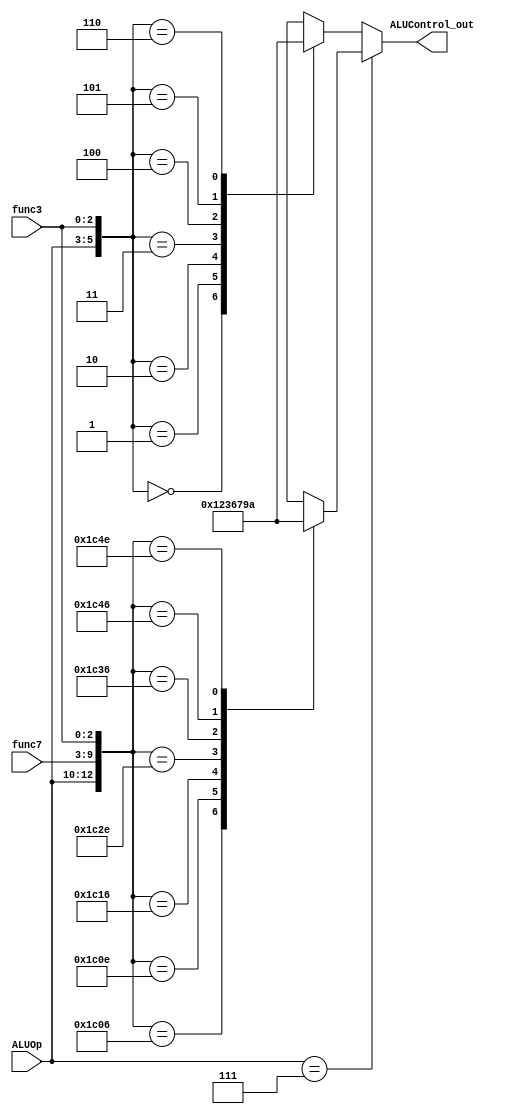
// ALU control

module ALU_Control (
 input [2:0] ALUOp,
 input [6:0] func7,
 input [2:0] func3,
 output reg [3:0] ALUControl_out
);

always @(*) begin

 if(ALUOp == 3'b111) begin
  case ({ALUOp, func7, func3})
   13'b111_0000000_110: ALUControl_out = 4'b0001; // SLL (Shift Left Logical) 1
   13'b111_0000001_110: ALUControl_out = 4'b0010; // SUB (Subtraction) 2 
   13'b111_0000010_110: ALUControl_out = 4'b0011; // ADD (Addition) 3 
   13'b111_0000101_110: ALUControl_out = 4'b0110; // XOR (Bitwise XOR) 6
   13'b111_0000110_110: ALUControl_out = 4'b0111; // SRL (Shift Right Logical) 7
   13'b111_0001000_110: ALUControl_out = 4'b1001; // OR (Bitwise OR) 9
   13'b111_0001001_110: ALUControl_out = 4'b1010; // AND (Bitwise AND) 10
   default : ALUControl_out = 4'bxxxx; // Handle invalid inputs
  endcase
 end else begin
  case ({ALUOp, func3})
   6'b000_000: ALUControl_out = 4'b0001; // SLLI (Shift Left Logical Immediate) 4
   6'b000_001: ALUControl_out = 4'b0010; // SUBI (Subtraction Immediate) 5
   6'b000_010: ALUControl_out = 4'b0011; // ADDI (Addition Immediate) 8
   6'b000_011: ALUControl_out = 4'b0110; // XORI (Bitwise XOR Immediate) 11
   6'b000_100: ALUControl_out = 4'b0111; // SRLI (Shift Right Logical Immediate) 3
   6'b000_101: ALUControl_out = 4'b1001; // ORI (Bitwise OR Immediate) 13
   6'b000_110: ALUControl_out = 4'b1010; // ANDI (Bitwise AND Immediate) 14 
   default : ALUControl_out = 4'bxxxx; // Handle invalid inputs
  endcase
 end
end
endmodule